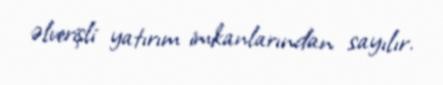
əlverişli yatırım imkanlarından sayılır.